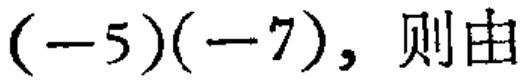
$(-5)(-7), 则由$